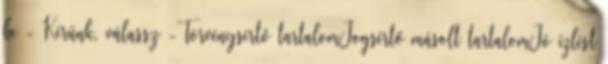
be - Kérünk, válassz -Törvénysértő tartalomJogsértő másolt tartalomJó ízlést